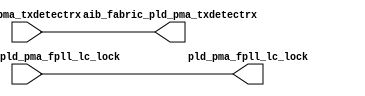
// SPDX-License-Identifier: Apache-2.0
// Copyright (C) 2019 Intel Corporation. All rights reserved
module hdpldadapt_tx_async_direct (
// PLD IF
input  wire            pld_pma_txdetectrx,

// AIB IF
input  wire            aib_fabric_pld_pma_fpll_lc_lock,

// PLD IF
output   wire          pld_pma_fpll_lc_lock,

// AIB IF
output   wire          aib_fabric_pld_pma_txdetectrx
);

assign aib_fabric_pld_pma_txdetectrx = pld_pma_txdetectrx;
assign pld_pma_fpll_lc_lock          = aib_fabric_pld_pma_fpll_lc_lock;

endmodule